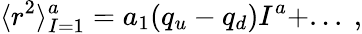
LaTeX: \langle r^{2}\rangle_{I=1}^{a}=a_{1}(q_{u}-q_{d}){{I^{a}}}+...\ ,